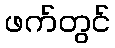
ဖက်တွင်